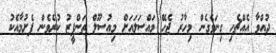
ދުއްވާ އެއްޗެހި ގިނަވެގެން މިހާރު ޖެހޭ މައްސަލައަށް މިއުސޫލް ތަންފީޒު ކުރެވެން ފެށުމާއެކު